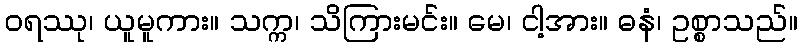
ဝရဿု၊ ယူမူကား။ သက္က၊ သိကြားမင်း။ မေ၊ ငါ့အား။ ဓနံ၊ ဥစ္စာသည်။